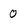
Character: 0